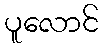
ပူလောင်